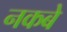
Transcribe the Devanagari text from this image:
नकबे